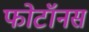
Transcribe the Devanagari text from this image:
फोटॉनस